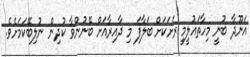
އަނޫދާ ބުނީ މިހާތައުލީމީ ރަށަކަށް ބަލާފަ މި ދާއިރާއަށް ބޭނުންވާ ކުދިން ނުލިބޭކަމަށެވެ.